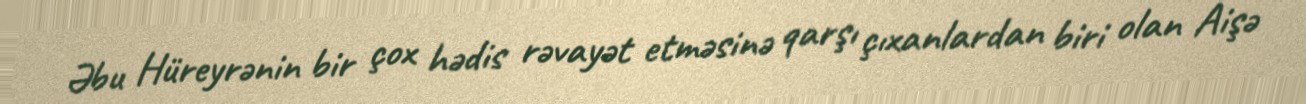
Əbu Hüreyrənin bir çox hədis rəvayət etməsinə qarşı çıxanlardan biri olan Aişə